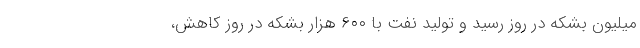
میلیون بشکه در روز رسید و تولید نفت با ۶۰۰ هزار بشکه در روز کاهش،